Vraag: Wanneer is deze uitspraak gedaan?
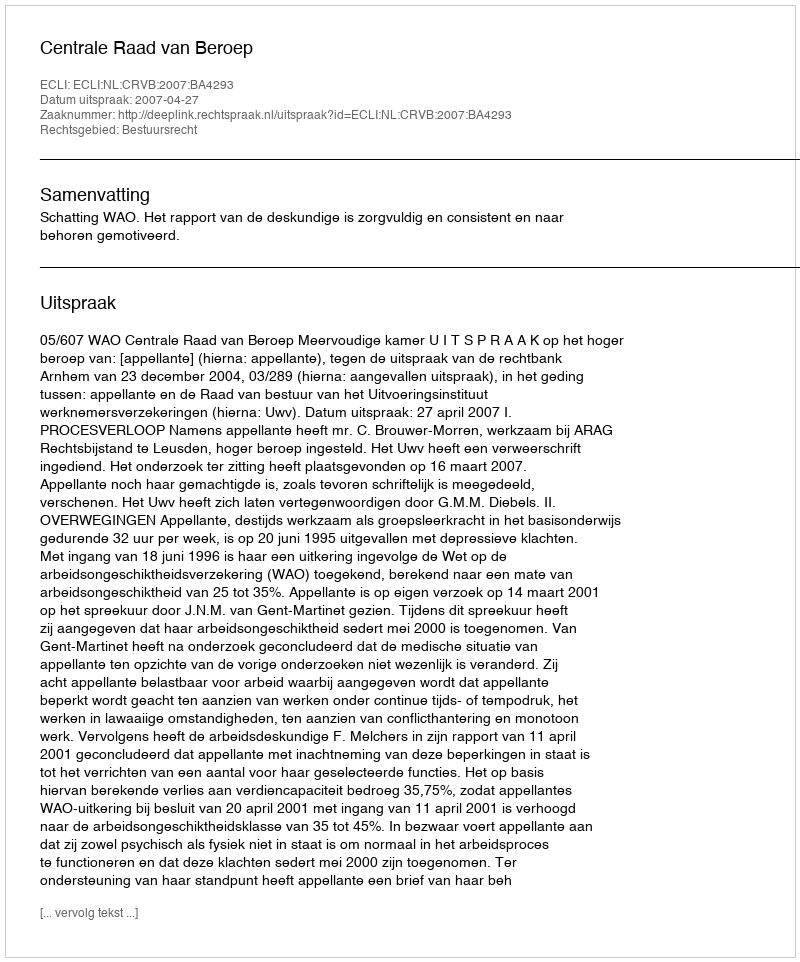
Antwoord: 2007-04-27